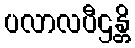
ပလာလပီဌန္တိ